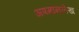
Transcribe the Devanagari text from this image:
अपमानलेख